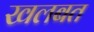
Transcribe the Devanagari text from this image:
खलबत